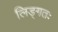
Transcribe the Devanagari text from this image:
लिङ्गतः